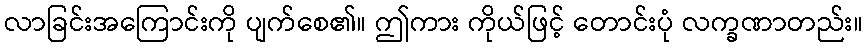
လာခြင်းအကြောင်းကို ပျက်စေ၏။ ဤကား ကိုယ်ဖြင့် တောင်းပုံ လက္ခဏာတည်း။